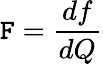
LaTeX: \mathtt{F}=\frac{{df}}{{dQ}}